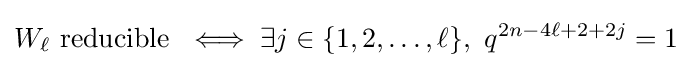
W_{\ell }{\text{ reducible }}\iff \exists j\in \{1,2,\dots ,\ell \},\ q^{2n-4\ell +2+2j}=1